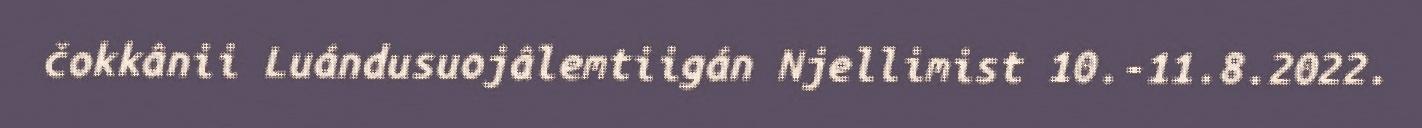
čokkânii Luándusuojâlemtiigán Njellimist 10.-11.8.2022.